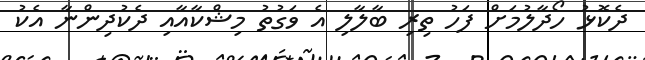
ދެކޮޅު ހޯދާލުމަށް ފަހު ތިރި ބާލާލި އެ ވަގުތު މިޝްކާއާއި ދެކުދިންނާ އެކު